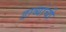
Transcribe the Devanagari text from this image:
डाव्यांची